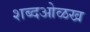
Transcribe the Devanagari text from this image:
शब्दओळख